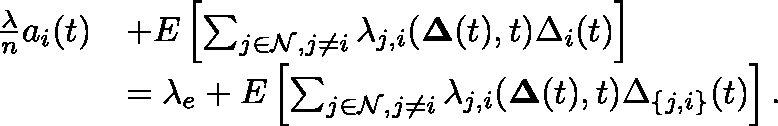
\begin{array} { r l } { \frac { \lambda } { n } a _ { i } ( t ) } & { + \mathbb { E } \left[ \sum _ { j \in \mathcal { N } , j \neq i } \lambda _ { j , i } ( \mathbf { \Delta } ( t ) , t ) \Delta _ { i } ( t ) \right] } \\ & { = \lambda _ { e } + \mathbb { E } \left[ \sum _ { j \in \mathcal { N } , j \neq i } \lambda _ { j , i } ( \mathbf { \Delta } ( t ) , t ) \Delta _ { \{ j , i \} } ( t ) \right] . } \end{array}